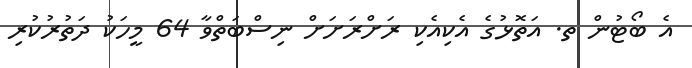
އެ ބޯޓުން ތ. އަތޮޅުގެ އެކިއެކި ރަށްރަށަށް ނިސްބަތްވާ 64 މީހަކު ދަތުރުކުރި